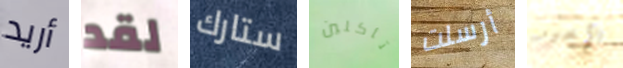
أريد لقد ستارك تأكلين أرسلت الآخير